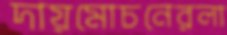
দায়মোচনেরলা